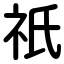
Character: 祇